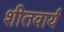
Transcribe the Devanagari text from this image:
शीतवार्य